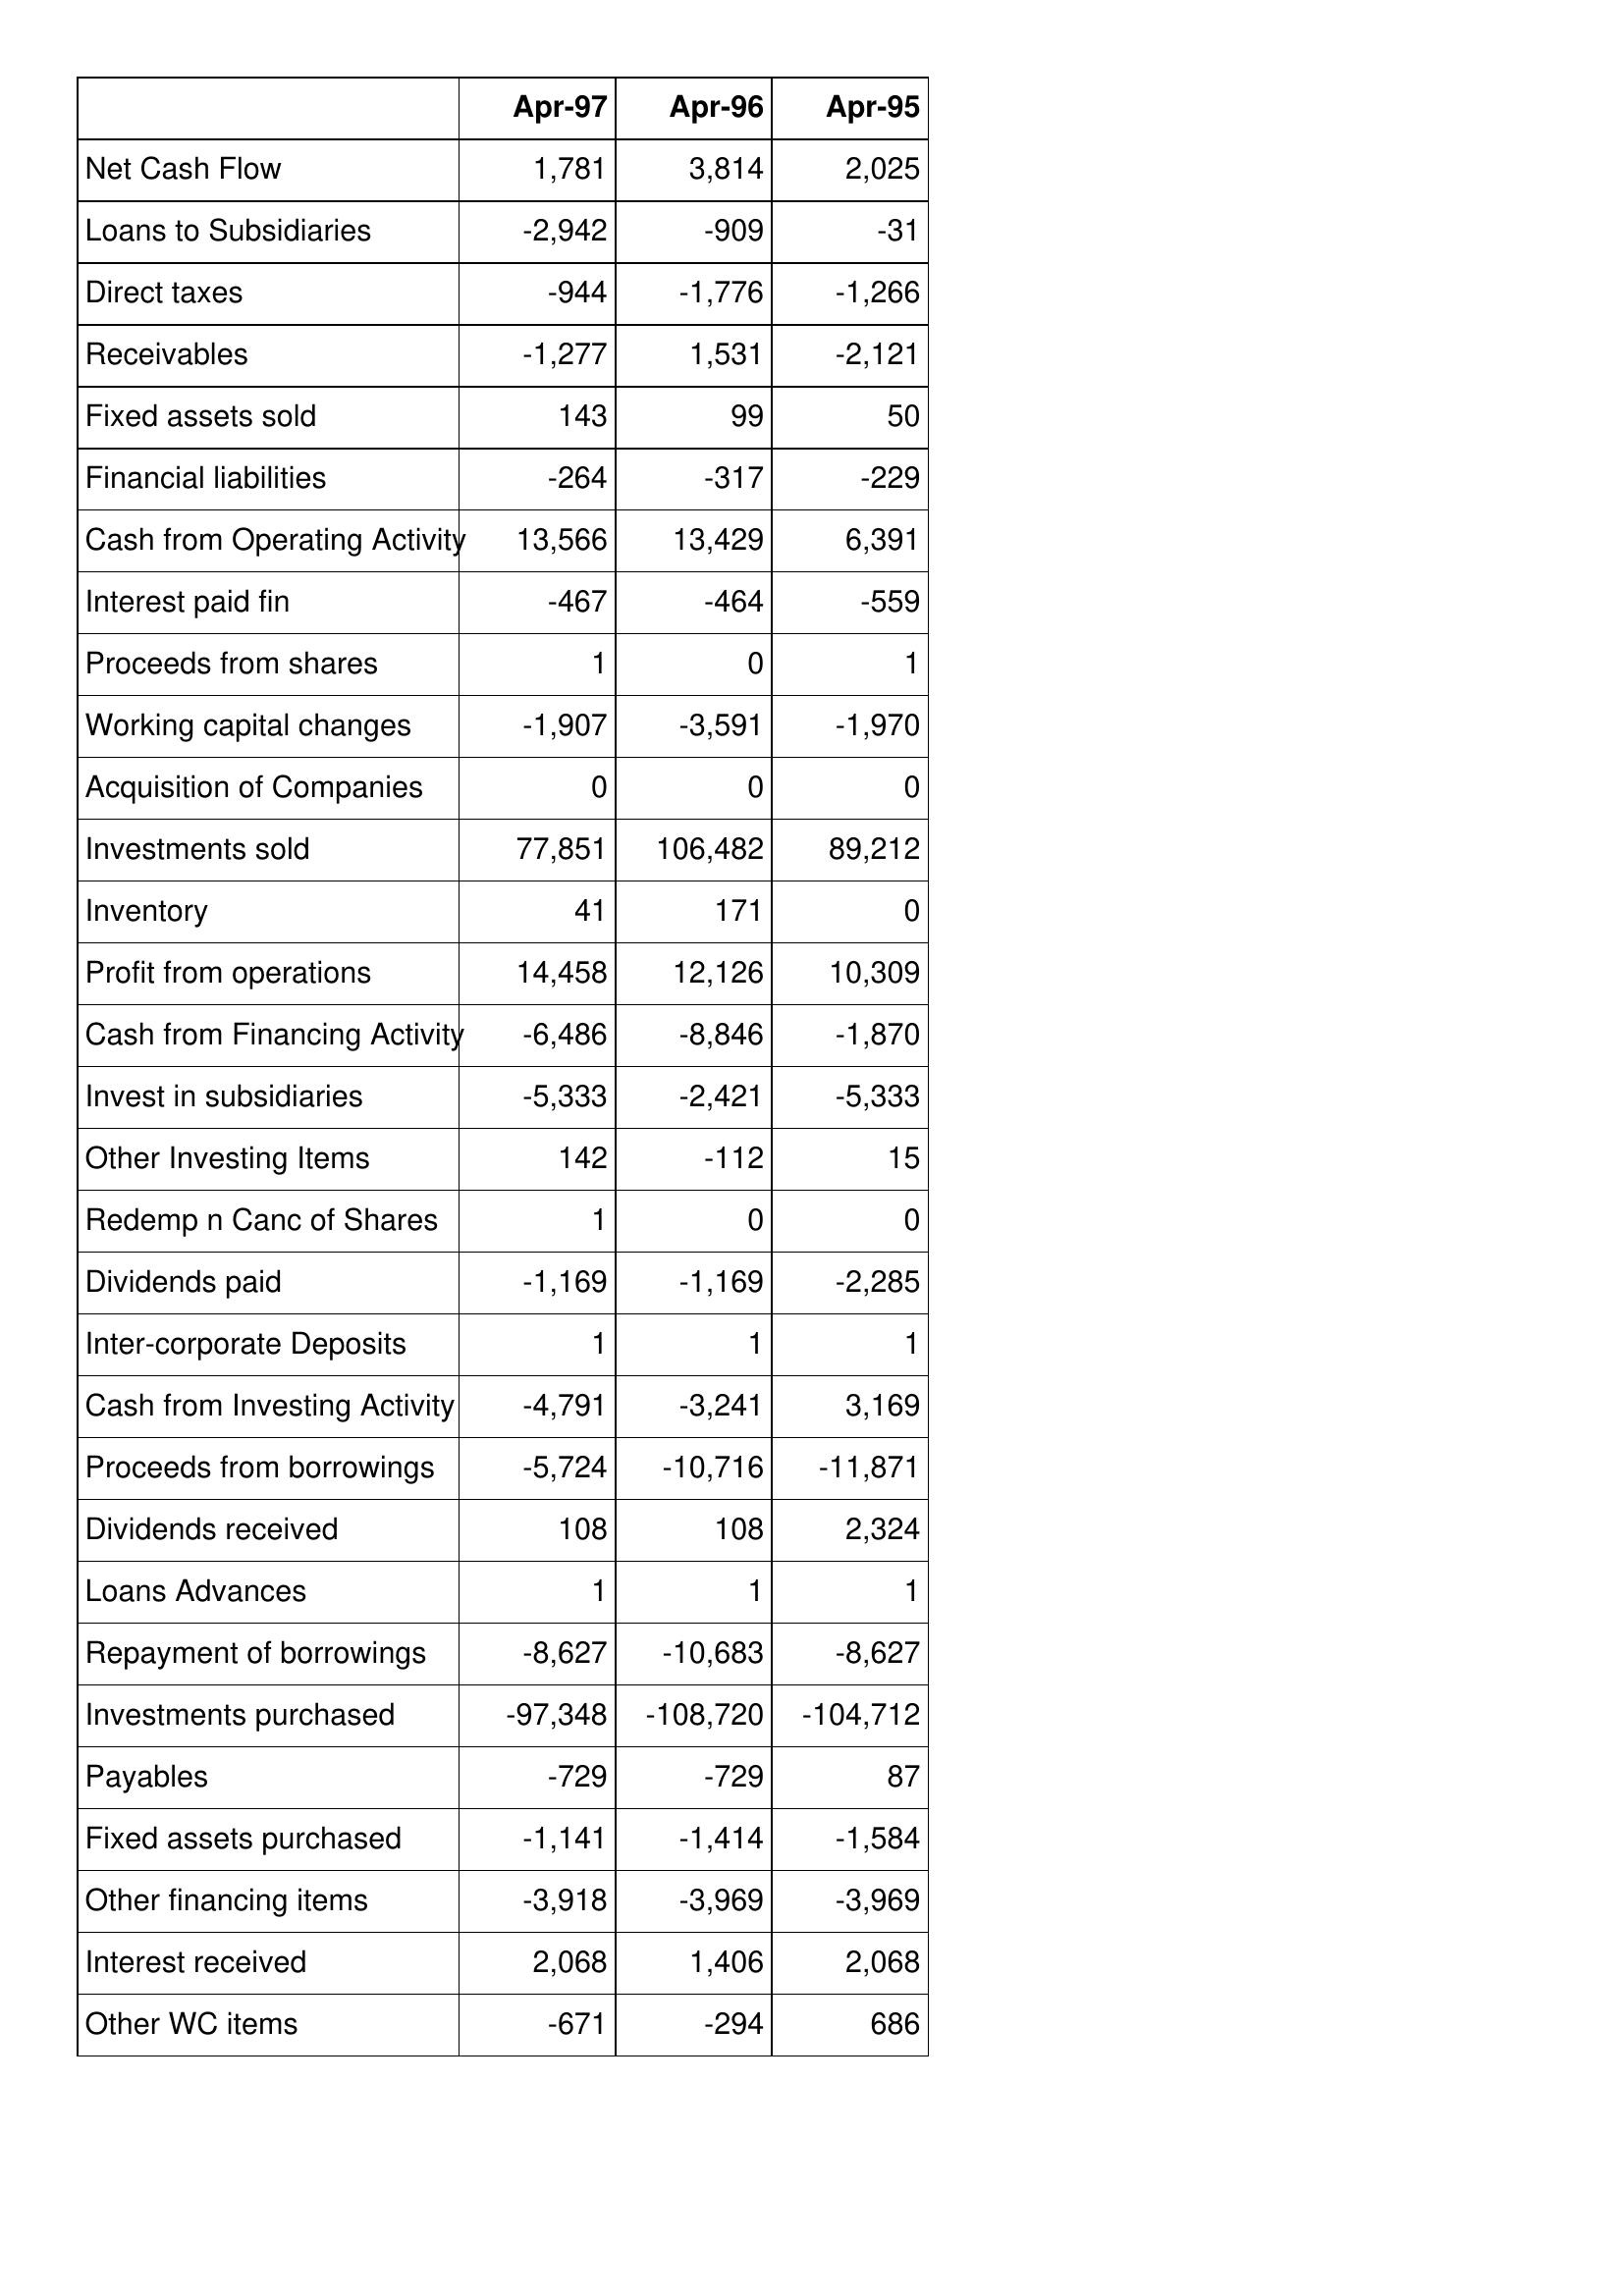
Apr-97: Cash Flows: Net Cash Flow: 1,781
Loans to Subsidiaries: -2,942
Direct taxes: -944
Receivables: -1,277
Fixed assets sold: 143
Financial liabilities: -264
Cash from Operating Activity: 13,566
Interest paid fin: -467
Proceeds from shares: 1
Working capital changes: -1,907
Acquisition of Companies: 0
Investments sold: 77,851
Inventory: 41
Profit from operations: 14,458
Cash from Financing Activity: -6,486
Invest in subsidiaries: -5,333
Other Investing Items: 142
Redemp n Canc of Shares: 1
Dividends paid: -1,169
Inter-corporate Deposits: 1
Cash from Investing Activity: -4,791
Proceeds from borrowings: -5,724
Dividends received: 108
Loans Advances: 1
Repayment of borrowings: -8,627
Investments purchased: -97,348
Payables: -729
Fixed assets purchased: -1,141
Other financing items: -3,918
Interest received: 2,068
Other WC items: -671
Apr-96: Cash Flows: Net Cash Flow: 3,814
Loans to Subsidiaries: -909
Direct taxes: -1,776
Receivables: 1,531
Fixed assets sold: 99
Financial liabilities: -317
Cash from Operating Activity: 13,429
Interest paid fin: -464
Proceeds from shares: 0
Working capital changes: -3,591
Acquisition of Companies: 0
Investments sold: 106,482
Inventory: 171
Profit from operations: 12,126
Cash from Financing Activity: -8,846
Invest in subsidiaries: -2,421
Other Investing Items: -112
Redemp n Canc of Shares: 0
Dividends paid: -1,169
Inter-corporate Deposits: 1
Cash from Investing Activity: -3,241
Proceeds from borrowings: -10,716
Dividends received: 108
Loans Advances: 1
Repayment of borrowings: -10,683
Investments purchased: -108,720
Payables: -729
Fixed assets purchased: -1,414
Other financing items: -3,969
Interest received: 1,406
Other WC items: -294
Apr-95: Cash Flows: Net Cash Flow: 2,025
Loans to Subsidiaries: -31
Direct taxes: -1,266
Receivables: -2,121
Fixed assets sold: 50
Financial liabilities: -229
Cash from Operating Activity: 6,391
Interest paid fin: -559
Proceeds from shares: 1
Working capital changes: -1,970
Acquisition of Companies: 0
Investments sold: 89,212
Inventory: 0
Profit from operations: 10,309
Cash from Financing Activity: -1,870
Invest in subsidiaries: -5,333
Other Investing Items: 15
Redemp n Canc of Shares: 0
Dividends paid: -2,285
Inter-corporate Deposits: 1
Cash from Investing Activity: 3,169
Proceeds from borrowings: -11,871
Dividends received: 2,324
Loans Advances: 1
Repayment of borrowings: -8,627
Investments purchased: -104,712
Payables: 87
Fixed assets purchased: -1,584
Other financing items: -3,969
Interest received: 2,068
Other WC items: 686